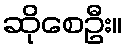
ဆိုစေဦး။